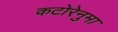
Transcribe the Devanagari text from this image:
कटोरेनुमा